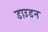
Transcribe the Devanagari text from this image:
डाउडन